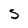
Character: S